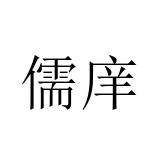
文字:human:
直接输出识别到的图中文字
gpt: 儒庠